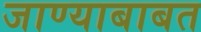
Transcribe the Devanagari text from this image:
जाण्याबाबत